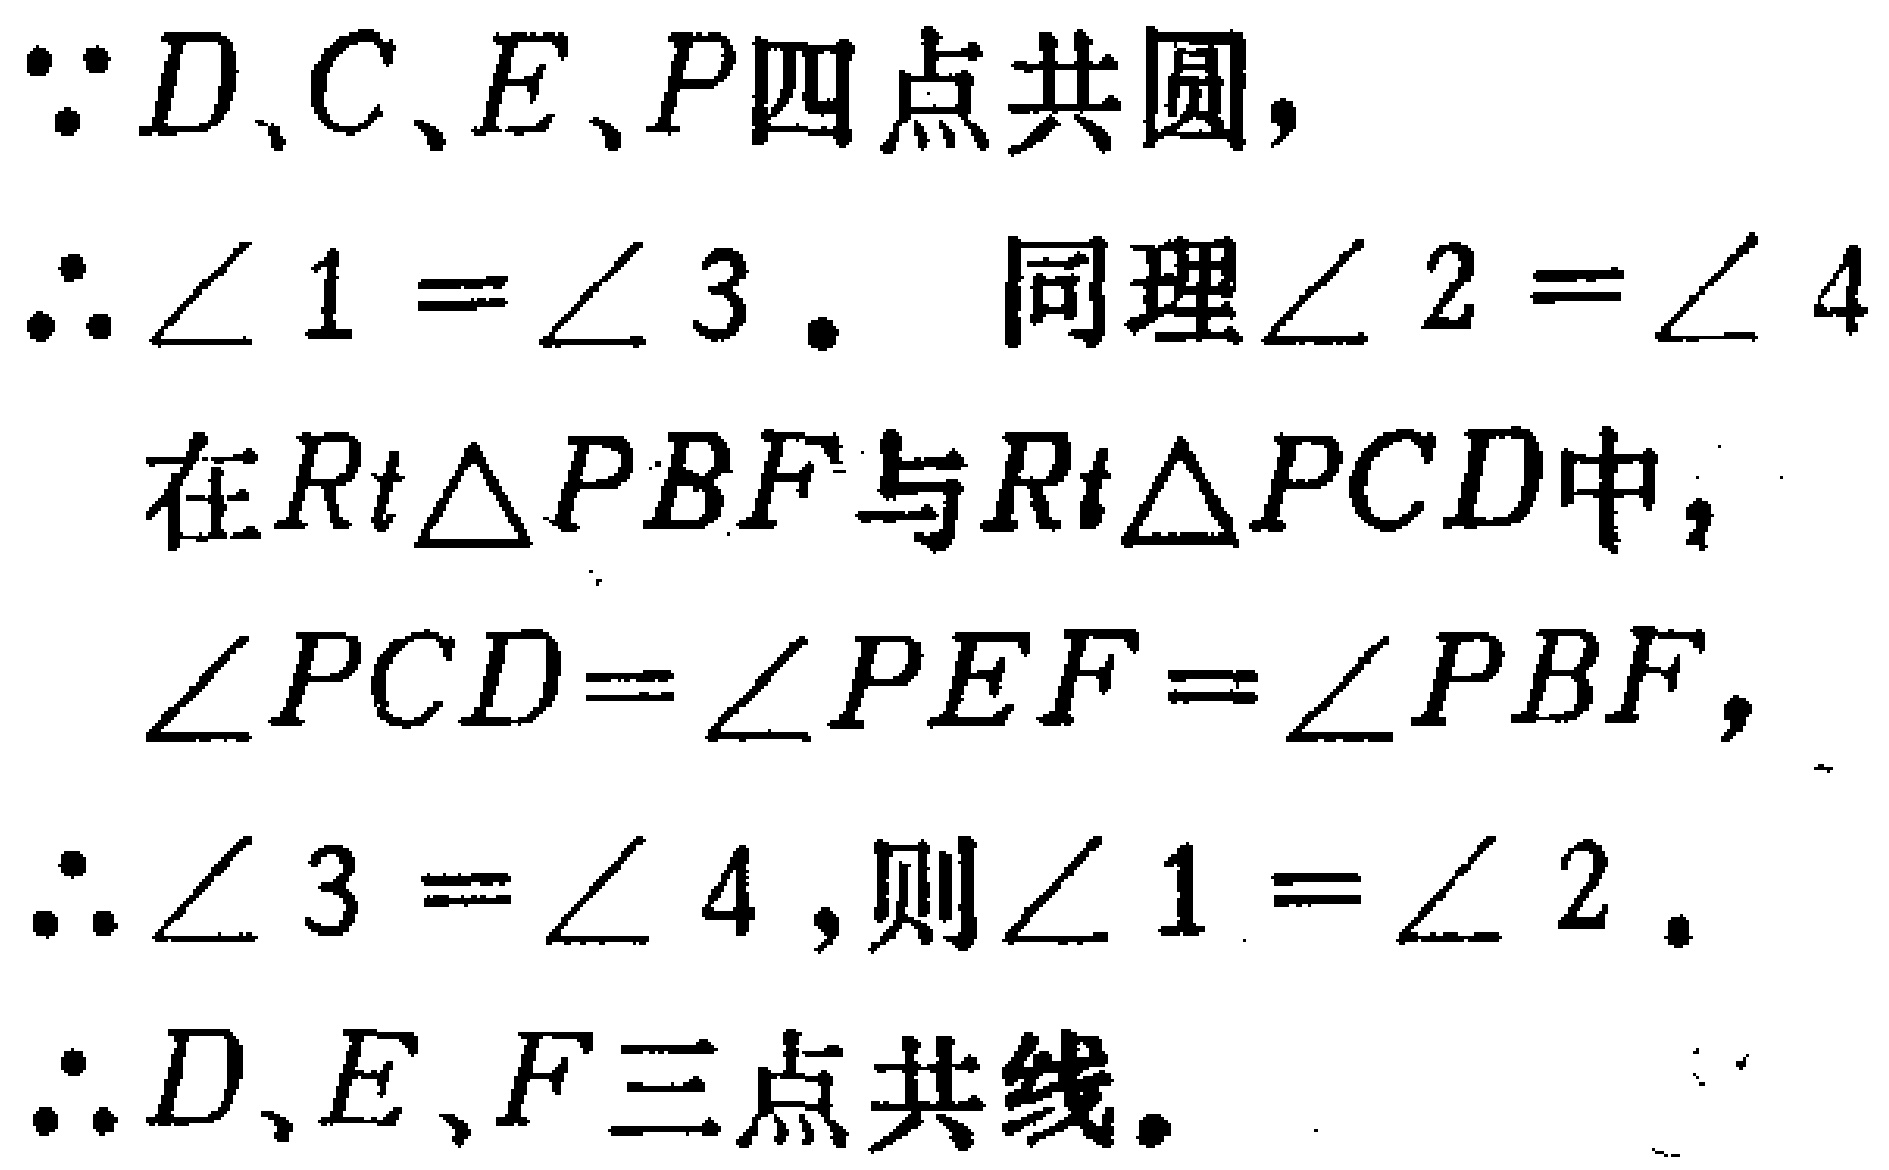
\(\because D、C、E、P\)四点共圆，
\(\therefore \angle 1 = \angle 3\). 同理\(\angle 2 = \angle 4\)
在\(Rt\triangle PBF\)与\(Rt\triangle PCD\)中，
\(\angle PCD = \angle PEF = \angle PBF\)，
\(\therefore \angle 3 = \angle 4\),则\(\angle 1 = \angle 2\).
\(\therefore D、E、F\)三点共线.